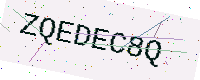
Text: ZQEDEC8Q